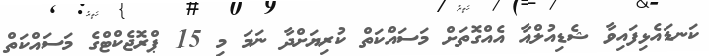
ކަނޑައެޅިފައިވާ ޝެޑިއުލްއާ އެއްގޮތަށް މަސައްކަތް ކުރިޔަށްދާ ނަމަ މި 15 ޕްރޮޖެކްޓްގެ މަސައްކަތް